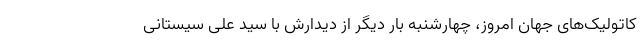
کاتولیک‌های جهان امروز، چهارشنبه بار دیگر از دیدارش با سید علی سیستانی